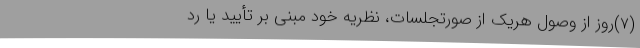
(۷)‌روز از وصول هریک از صورتجلسات، نظریه خود مبنی بر تأیید یا رد